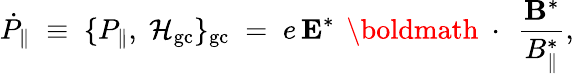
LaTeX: \dot{P}_{\| }\; \equiv\; \{ P_{\| },\; {\cal H}_{\mathrm{gc}}\} _{\mathrm{gc}}\; =\; e\, {\mathbf E}^{*}\, \mathrm{~\boldmath~\cdot~}\, \frac{{\mathbf B}^{*}}{B_{\| }^{*}},